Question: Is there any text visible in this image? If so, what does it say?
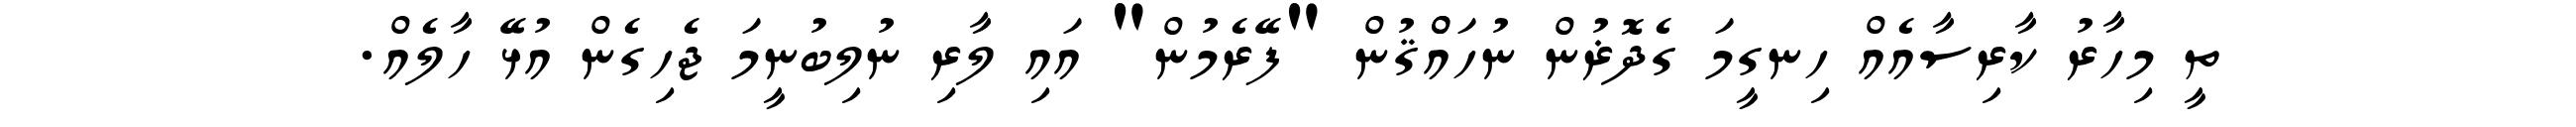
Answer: ތީ މިހާރު ކާރިސާއެއް ހިނގީމަ ގެދޮޜުން ނުހައްްޤުން "ފޭރެމުން" އައި ލާރި ނުލިބުނީމަ ޖެހިގެން އުޅޭ ހާލެއް.